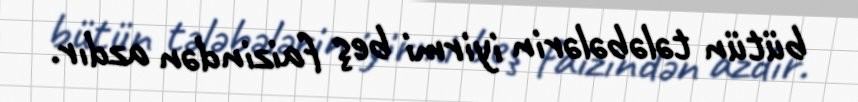
bütün tələbələrin iyirmi beş faizindən azdır.